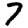
Digit: 7